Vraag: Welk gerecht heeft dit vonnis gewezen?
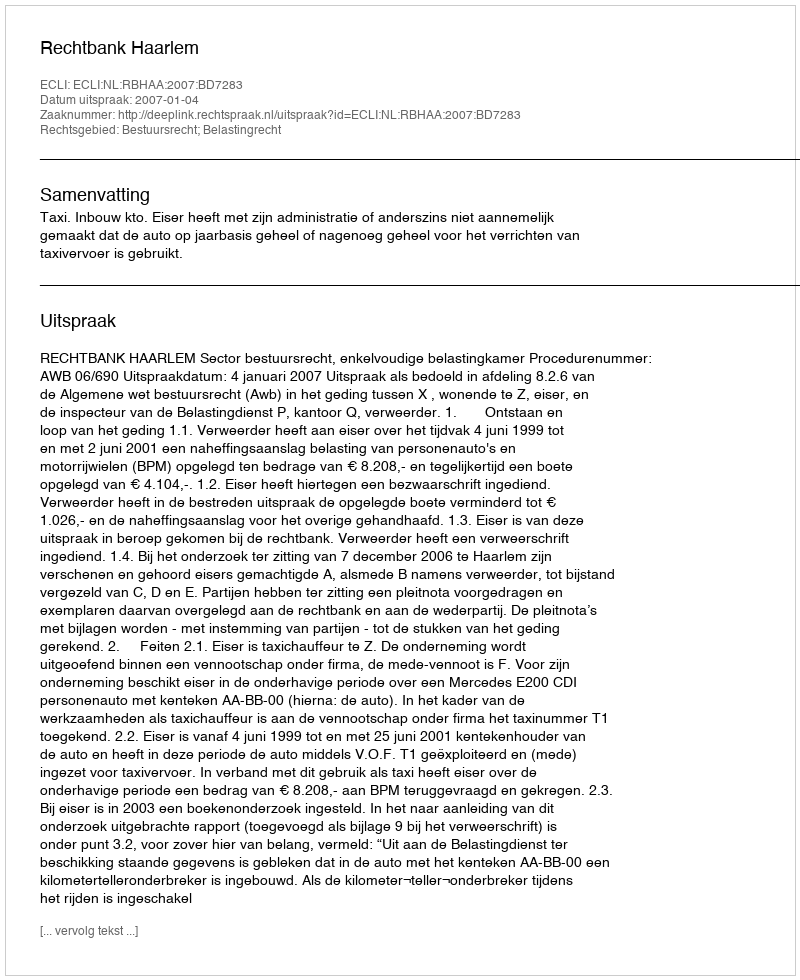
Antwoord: Rechtbank Haarlem